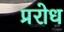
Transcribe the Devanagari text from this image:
प्ररोध